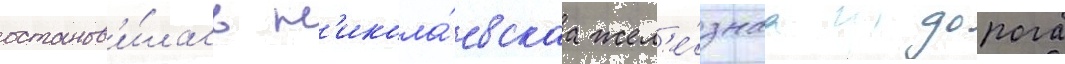
останов'и́лась н'икола́евскаа жел'е́знаа дорога